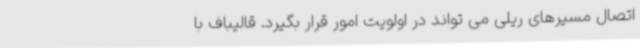
اتصال مسیرهای ریلی می تواند در اولویت امور قرار بگیرد. قالیباف با